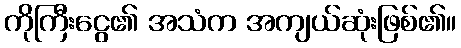
ကိုကြီးငွေ၏ အသံက အကျယ်ဆုံးဖြစ်၏။